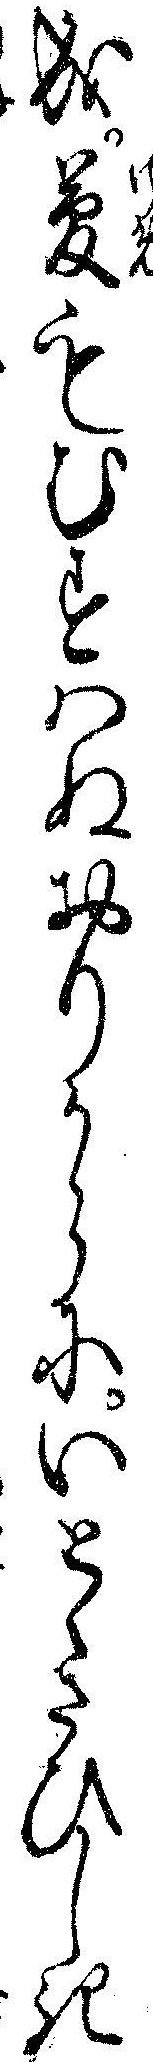
成夢もむすハぬおりからにいとゝさひしき